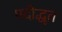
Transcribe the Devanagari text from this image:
पदोद्धृत